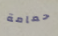
حمامة